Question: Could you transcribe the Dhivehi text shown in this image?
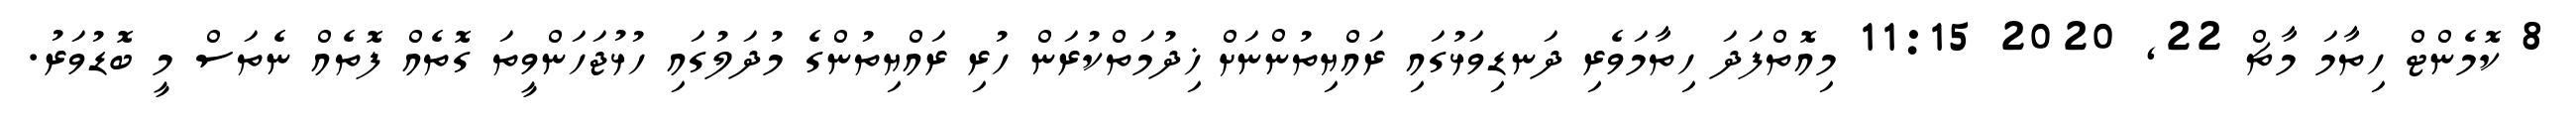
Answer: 8 ކޮމެންޓް ހިތާމަ މާޗް 22, 2020 11:15 މިއޮތްފަދަ ހިތާމަވެރި ދަނޑިވަޅުގައި ރައްޔިތުންނަށް ޚިދުމަތްކުރަން ހުރި ރައްޔިތުންގެ މުދަލުގައި ހުޅުޖަހަންވީތަ ގޮތެއް ފޮތެއް ނެތަސް މީ ބޮޑުވަރު.